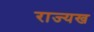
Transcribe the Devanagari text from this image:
राज्यख